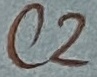
Text: C2